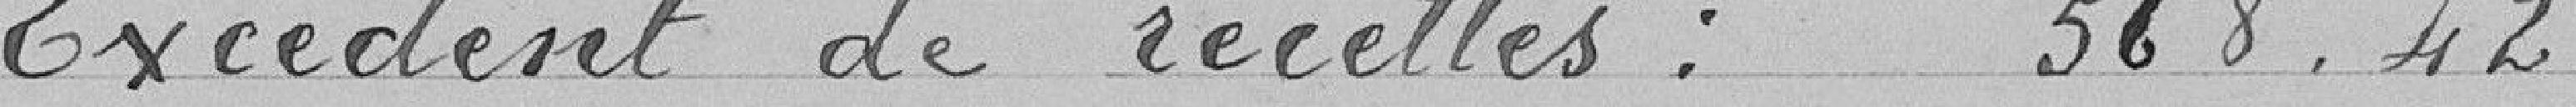
Excédent de recettes : 568.42